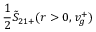
\frac 1 2 \tilde { S } _ { 2 1 + } ( r > 0 , v _ { g } ^ { + } )